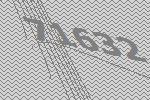
71632